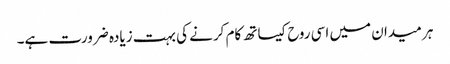
ہر میدان میں اسی روح کیساتھ کام کرنے کی بہت زیادہ ضرورت ہے۔